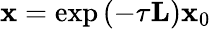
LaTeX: \mathbf{x}=\exp\left(-\tau\mathbf{L}\right)\mathbf{x}_{0}